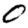
Digit: 0